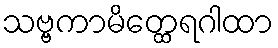
သဗ္ဗကာမိတ္ထေရဂါထာ